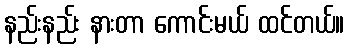
နည်းနည်း နားတာ ကောင်းမယ် ထင်တယ်။